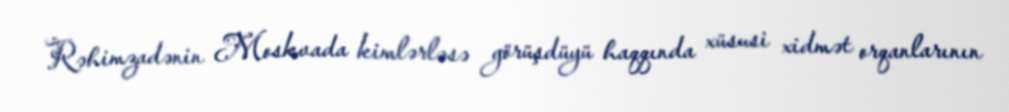
Rəhimzadənin Moskvada kimlərləsə görüşdüyü haqqında xüsusi xidmət orqanlarının